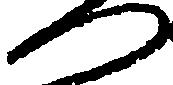
つ